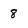
Character: 8